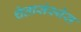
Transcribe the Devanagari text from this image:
चेतासंस्थेस